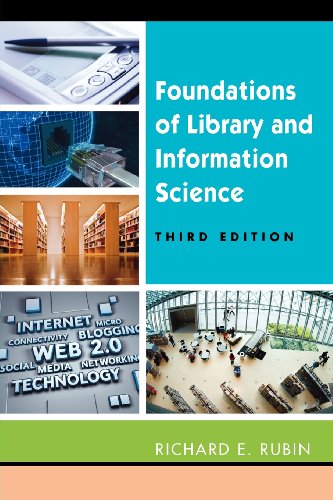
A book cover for Foundations of Library and Information Science, Third Edition; Richard Rubin; Politics & Social Sciences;